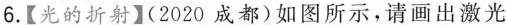
6.【光的折射】(2020成都)如图所示，请画出激光